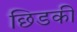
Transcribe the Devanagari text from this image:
छिडकी